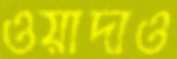
ওয়াদাও